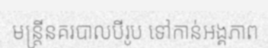
មន្ត្រីនគរបាលបីរូប ទៅកាន់អង្គភាព